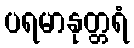
ပရမာနုတ္တရံ